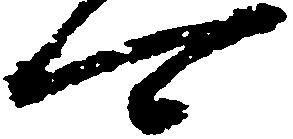
可